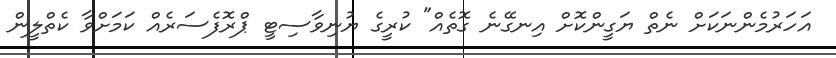
އަހަރުމެންނަކަށް ނެތް ޔަގީންކޮށް އިނގޭނެ ގޮތެއް" ކުރީގެ ޔުނިވާސިޓީ ޕްރޮފެސަރެއް ކަމަށްވާ ކެތްލީން